Annual statistical returns and brief notes on vaccination in Bengal - 1909-1929
Year: 1909
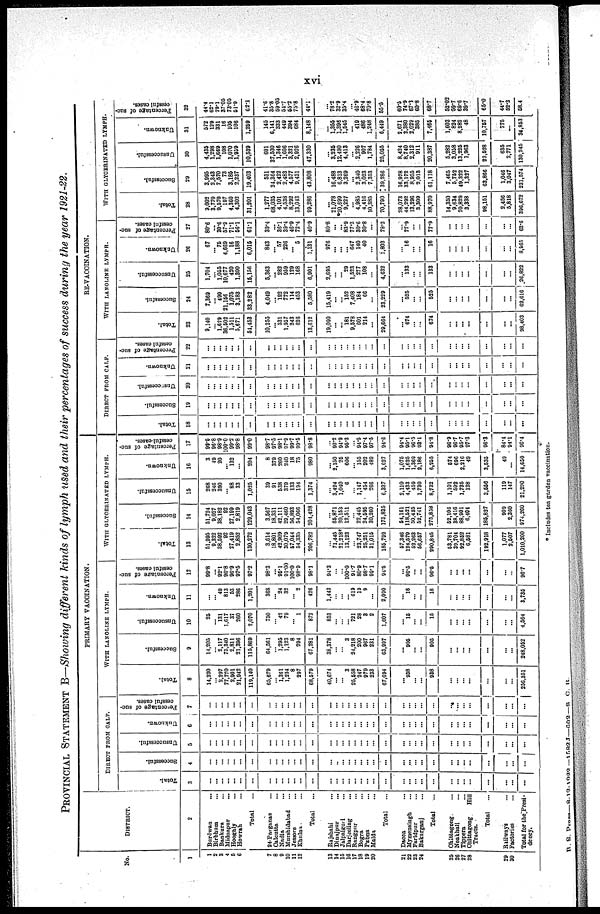
xvi
PROVINCIAL STATEMENT B—Showing different kinds of lymph used and their percentages of success during the year 1921-22.
No.
1
1
2
3
4
5
6
7
8
9
10
11
12
13
14
15
16
17
18
19
20
21
22
23
24
25
26
27
28
29
30
DISTRICT.
2
Burdwan ...
Birbhum ...
Bankura ...
Midnapur
...
Hooghly ...
Howrah ...
Total ...
24-Parganas ...
Calcutta ...
Nadia ...
Murshidabad ...
Jessore ...
Khulna ...
Total
...
Rajshahi ...
Dinajpur ...
Jalpaiguri ...
Darjeeling ...
Rangpur ...
Bogra ...
Pabna ...
Malda ...
Total
...
Dacca ...
Mymensingh ...
Faridpur ...
Bakarganj ...
Total ...
Chittagong. ...
Noakhali ...
Tippera ...
Chittagong
Hill
Tracts.
Total ...
Railways ...
Factories ...
Total for the Presi-
dency.
PRIMARY VACCINATION.
DIRECT FROM CALF.
Total.
3
...
...
...
...
...
...
...
...
...
...
...
...
...
...
...
...
...
...
...
...
...
...
...
...
...
...
...
...
...
...
...
...
...
...
...
...
Successful.
4
...
...
...
...
...
...
...
...
...
...
...
...
...
...
...
...
...
...
...
...
...
...
...
...
...
...
...
...
...
...
...
...
...
...
...
...
Unsuccessful.
5
...
...
...
...
...
...
...
...
...
...
...
...
...
...
...
...
...
...
...
...
...
...
...
...
...
...
...
...
...
...
...
...
...
...
...
...
Unknown.
6
...
...
...
...
...
...
...
...
...
...
...
...
...
...
...
...
...
...
...
...
...
...
...
...
...
...
...
...
...
...
...
...
...
...
...
...
Percentage of suc-
cessful cases.
7
...
...
...
...
...
...
...
...
...
...
...
...
...
...
...
...
...
...
...
...
...
...
...
...
...
...
...
...
...
...
...
...
...
...
...
...
WITH LANOLINE LYMPH.
Total.
8
14,230
... 2,297
77,770
2,901
21,942
119,140
65,679
... 1,361
1,234
8
297
68,579
40,674
...
... 3
25,558
247
979
233
67,694
...
938
...
...
938
...
...
...
...
...
...
...
256,351
Successful.
9
14,205
... 2,117
75,340
2,811
21,396
115,869
64,561
... 1,295
1,123
8
294
67,281
38,378
...
... 3
24,218
200
967
231
63,997
...
905
...
...
905
...
...
...
...
...
...
...
248,052
Unsuccessful.
10
25
... 131
1,617
37
260
2,070
750
... 42
79
... 1
872
853
...
...
... 721
28
3
2
1,607
...
15
...
...
15
...
...
...
...
...
...
...
4,564
Unknown.
11
...
... 49
813
53
286
1,201
368
... 24
32
... 2
426
1,443
...
...
... 619
19
9
...
2,090
...
18
...
...
18
...
...
...
...
...
...
...
3,735
Percentage of suc-
cessful cases.
12
99.8
...
92.1
96.8
96.9
97.5
97.2
98.3
...
95.1
91.00
100.0
98.9
98.1
94.3
...
...
100.0
94.7
80.9
98.7
99.1
94.5
...
96.5
...
...
96.5
...
...
...
...
...
...
...
96.7
WITH GLYCERINATED LYMPH.
Total.
13
51,995
9,322
38,592
92
27,419
2,852
130,272
3,614
18,801
42,909
30,079
57,044
54,335
206,782
...
71,445
21,218*
13,123
...
23,747
25,251
31,015
185,799
57,346
124,579
52,263
56,657
290,845
53,781
39,704
92,852
6,681
192,918
1,077
2,507
1,010,200
Successful.
14
51,724
9,027
38,182
92
27,199
2,819
129,043
3,567
18,331
42,111
29,460
56,893
54,066
204,428
...
65,871
20,153
12,511
...
22,445
24,595
30,260
175,835
54,161
118,521
50,435
52,741
275,858
52,103
38,416
88,901
6,401
185,827
909
2,360
974,260
Unsuccessful.
15
268
246
390
... 88
33
1,025
39
91
538
379
133
194
1,374
...
3,424
1,040
6
...
1,147
454
266
6,337
2,110
4,433
459
1,730
8,732
1,101
592
1,735
128
3,556
119
147
21,290
Unknown.
16
3
49
20
... 132
...
204
8
379
260
240
18
75
980
...
2,150
25
606
... 155
202
489
3,627
1,075
1,625
1,369
2,186
6,255
574
696
2,216
49
3,535
49
...
14,650
Percentage of suc-
cessful-cases.
17
99.6
96.8
98.9
100.0
99.2
98.8
99.0
98.7
97.5
98.1
97.9
99.7
99.5
98.8
...
92.2
94.9
95.3
...
94.5
97.4
97.5
91.6
94.4
95.1
96.5
93.1
94.8
96.9
96.7
95.7
97.3
96.3
84.4
94.1
96.4
RE-VACCNATION.
DIRECT PROM CALF.
Total.
18
...
...
...
...
...
...
...
...
...
...
...
...
...
...
...
...
...
...
...
...
...
...
...
...
...
...
...
...
...
...
...
...
...
...
...
...
Successful.
19
...
...
...
...
...
...
...
...
...
...
...
...
...
...
...
...
...
...
...
...
...
...
...
...
...
... ...
...
...
...
...
...
...
...
...
...
Unsuccessful.
20
...
...
...
...
...
...
...
...
...
...
...
...
...
...
...
...
...
...
...
...
...
...
...
...
...
...
...
...
...
...
...
...
...
...
...
...
Unknown.
21
...
...
...
...
...
...
...
...
...
...
...
...
...
...
...
...
...
...
...
...
...
...
...
...
...
...
...
...
...
...
...
...
...
...
...
...
Percentage of suc-
cessful cases.
22
...
...
...
...
...
...
...
...
...
...
...
...
...
...
...
...
...
...
...
...
...
...
...
...
...
...
...
...
...
...
...
...
...
...
...
...
WITH LANOLINE LYMPH.
Total.
23
9,140
... 1,629
36,602
1,511
5,671
51,453
10,255
... 531
1,957
243
626
13,612
19,090
...
... 181
9,578
601
214
...
29,664
...
674
...
...
674
...
...
...
...
...
...
...
98,403
Successful.
24
7,369
... 499
21,156
1,075
3,183
33,282
4,049
... 192
772
114
453
5,580
15,419
...
... 152
7,408
184
66
...
23,229
...
525
...
...
525
...
...
...
...
...
...
...
62,616
Unsuccessful.
25
1,704
...
1,055
10,677
420
1,300
15,156
5,363
... 282
959
129
168
6,901
2,695
...
... 29
1,523
277
108
...
4,632
...
133
...
...
133
...
...
...
...
...
...
...
26,822
Unknown.
26
67
... 75
4,669
16
1,188
6,015
843
... 57
226
... 5
1,131
976
...
...
... 647
140
40
...
1,803
...
16
...
...
16
...
...
...
...
...
...
...
8,965
Percentage of suc-
cessful cases.
27
80.6
...
30.6
57.9
71.1
56.1
61.1
39.4
...
36.1
39.4
46.9
72.4
40.9
80.8
...
...
83.9
77.3
30.6
30.8
...
78.3
...
77.9
...
...
77.9
...
...
...
...
...
...
...
63.6
WITH GLYCERINATED LYMPH.
Total.
28
9,002
3,770
9,570
197
4,360
4,302
31,201
1,277
68,035
4,101
4,538
8,292
13,043
99,286
...
21,078
*20,699
9,227
...
4,985
4,416
10,385
70,790
28,073
44,292
13,296
3,809
88,970
14,350
9,634
70,829
3,838
98,151
2,456
5,818
396,672
Successful.
29
3,995
2,343
7,570
73
3,185
2,237
19,403
531
24,364
2,422
2,483
4,577
9,431
43,808
...
16,488
6,813
3,269
...
2,340
3,023
7,353
39,286
16,978
33,172
8,955
2,013
61,118
7,465
5,752
49,322
1,327
63,866
1,046
3,047
231,574
Unsuccessful.
30
4,435
1,298
1,669
108
1,070
1,959
10,539
601
37,530
1,346
1,606
3,321
2,926
47,330
...
3,235
12,490
4,413
...
2,226
907
1,784
25,055
8,424
8,740
2,312
911
20,387
5,282
3,058
13,226
1,963
23,528
635
2,771
130,245
Unknown.
31
572
129
331
16
106
106
1,269
145
0,141
833
449
394
684
8,148
...
1,855
1,396
1,545
... 419
486
1,248
6,449
2,671
2,380
2,029
885
7,465
1,603
824
8,282
48
10,757
775
...
84,863
Percentage of suc-
cessful cases.
32
44.4
62.1
79.1
37.05
73.05
51.9
62.1
41.6
35.8
59.03
54.7
55.2
75.8
44.1
...
78.2
32.9
35.4
...
46.9
68.4
70.8
55.5
60.5
74.9
67.3
60.8
68.7
52.02
59.7
69.6
39.7
65.0
44.7
52.3
58.4
* Includes tea garden vaccination.
B.S. Press—8-12-1922 — 1582J—602—S. C. R.